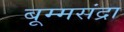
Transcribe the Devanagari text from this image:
बूम्मसंद्रा